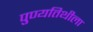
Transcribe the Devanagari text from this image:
पुण्यतिथीला